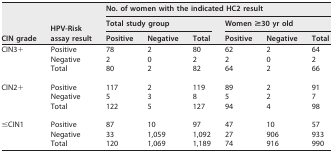
<table><thead><tr><td rowspan="3"><b>CIN grade</b></td><td rowspan="3"><b>HPV-Risk assay result</b></td><td colspan="6"><b>No. of women with the indicated HC2 result</b></td></tr><tr><td colspan="3"><b>Total study group</b></td><td colspan="3"><b>Women ≥30 yr old</b></td></tr><tr><td><b>Positive</b></td><td><b>Negative</b></td><td><b>Total</b></td><td><b>Positive</b></td><td><b>Negative</b></td><td><b>Total</b></td></tr></thead><tbody><tr><td>CIN3+</td><td>Positive</td><td>78</td><td>2</td><td>80</td><td>62</td><td>2</td><td>64</td></tr><tr><td></td><td>Negative</td><td>2</td><td>0</td><td>2</td><td>2</td><td>0</td><td>2</td></tr><tr><td></td><td>Total</td><td>80</td><td>2</td><td>82</td><td>64</td><td>2</td><td>66</td></tr><tr><td>CIN2+</td><td>Positive</td><td>117</td><td>2</td><td>119</td><td>89</td><td>2</td><td>91</td></tr><tr><td></td><td>Negative</td><td>5</td><td>3</td><td>8</td><td>5</td><td>2</td><td>7</td></tr><tr><td></td><td>Total</td><td>122</td><td>5</td><td>127</td><td>94</td><td>4</td><td>98</td></tr><tr><td>≤CIN1</td><td>Positive</td><td>87</td><td>10</td><td>97</td><td>47</td><td>10</td><td>57</td></tr><tr><td></td><td>Negative</td><td>33</td><td>1,059</td><td>1,092</td><td>27</td><td>906</td><td>933</td></tr><tr><td></td><td>Total</td><td>120</td><td>1,069</td><td>1,189</td><td>74</td><td>916</td><td>990</td></tr></tbody></table>